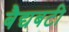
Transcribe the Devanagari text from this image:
बैद्यबटी